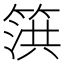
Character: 篊